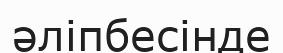
әліпбесінде